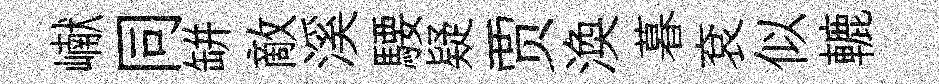
𪩘同缾敵溪騕疑贾渙暮袞似轆